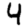
Digit: 4